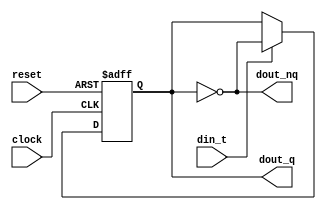
module t_ff(clock,reset,din_t,dout_q,dout_nq);
    input clock;
    input reset;
    input din_t;
    output dout_q;
    output dout_nq;
    reg data;

    always@(posedge clock or posedge reset) begin
		if(reset)
			data <= 1'b0;
		else begin 
			if(din_t)
				data <= ~data;
			else
				data <= data;
		end
    end

	assign dout_q = data;
	assign dout_nq = ~data;
endmodule

// T flip-flip truth table 
// +----+---+-------+
// | CK | T | Q_n+1 |
// +====+===+=======+
// | 0  | X |  Q_n  |
// +----+---+-------+
// | 1  | 0 |  Q_n  |
// +----+---+-------+
// | 1  | 1 |  Q_n' |
// +----+---+-------+
//(trasform of JK flip flip and T stands for Toggle)